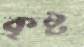
কৃষ্ট